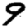
Digit: 9